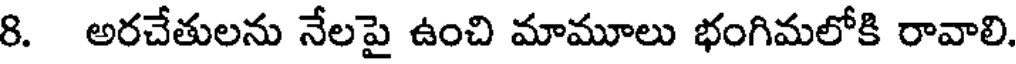
8. అరచేతులను నేలపై ఉంచి మామూలు భంగిమలోకి రావాలి.